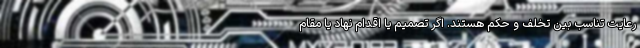
رعایت تناسب بین تخلف و حکم هستند. اگر تصمیم یا اقدام نهاد یا مقام